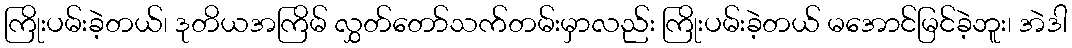
ကြိုးပမ်းခဲ့တယ်၊ ဒုတိယအကြိမ် လွှတ်တော်သက်တမ်းမှာလည်း ကြိုးပမ်းခဲ့တယ် မအောင်မြင်ခဲ့ဘူး၊ အဲဒါ